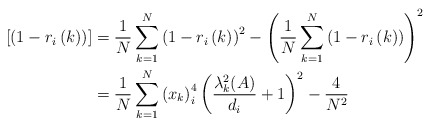
\begin{align*}\left[ \left( 1-r_{i}\left( k\right) \right) \right] &=\frac{1}{N}\sum_{k=1}^{N}\left( 1-r_{i}\left( k\right) \right)^{2}-\left( \frac{1}{N}\sum_{k=1}^{N}\left( 1-r_{i}\left( k\right)\right) \right) ^{2}\\& =\frac{1}{N}\sum_{k=1}^{N}\left( x_{k}\right) _{i}^{4}\left(\frac{\lambda_{k}^{2}(A)}{d_{i}}+1\right) ^{2}-\frac{4}{N^{2}}\end{align*}